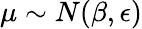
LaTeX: \mu\sim N(\beta,\epsilon)